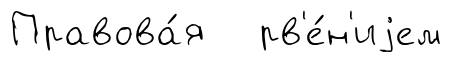
Правова́я рв'е́н'иjем